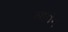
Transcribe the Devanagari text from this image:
आगंन